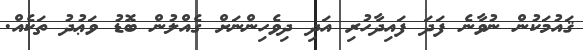
ޤައުމަކުން ނުވާނެ ފަދަ ފައިދާހުރި އަދި ދިވެހިންނަށް ގެއްލުން ބޮޑު ވަޢުދު ތަކެއް.